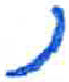
אות: נ